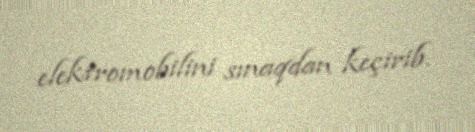
elektromobilini sınaqdan keçirib.